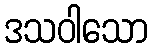
ဒသဝါသော